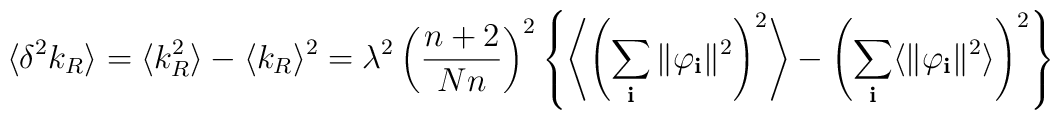
\langle\delta^2 k_R\rangle =\langle k_R^2\rangle -\langle k_R\rangle^2 =\lambda^2\left(\frac{n+2}{Nn}\right)^2\left\{\left\langle \left(\sum_{\bf i}\Vert\varphi_{\bf i}\Vert^2\right)^2\right\rangle-\left(\sum_{\bf i}\langle\Vert\varphi_{\bf i}\Vert^2\rangle\right)^2\right\}